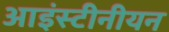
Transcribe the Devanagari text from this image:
आइंस्टीनीयन